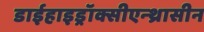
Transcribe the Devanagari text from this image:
डाईहाइड्रॉक्सीएन्थ्रासीन